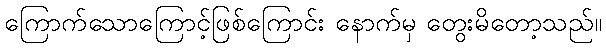
ကြောက်သောကြောင့်ဖြစ်ကြောင်း နောက်မှ တွေးမိတော့သည်။